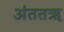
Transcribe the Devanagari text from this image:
अंततऋ